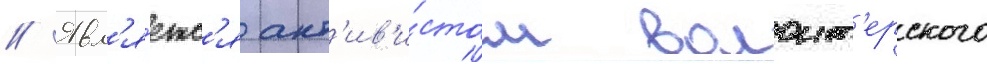
// Явл'я́етс'я акт'ив'и́стом волонт'ерского